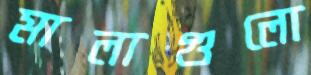
মালাগুলো